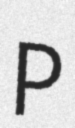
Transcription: P